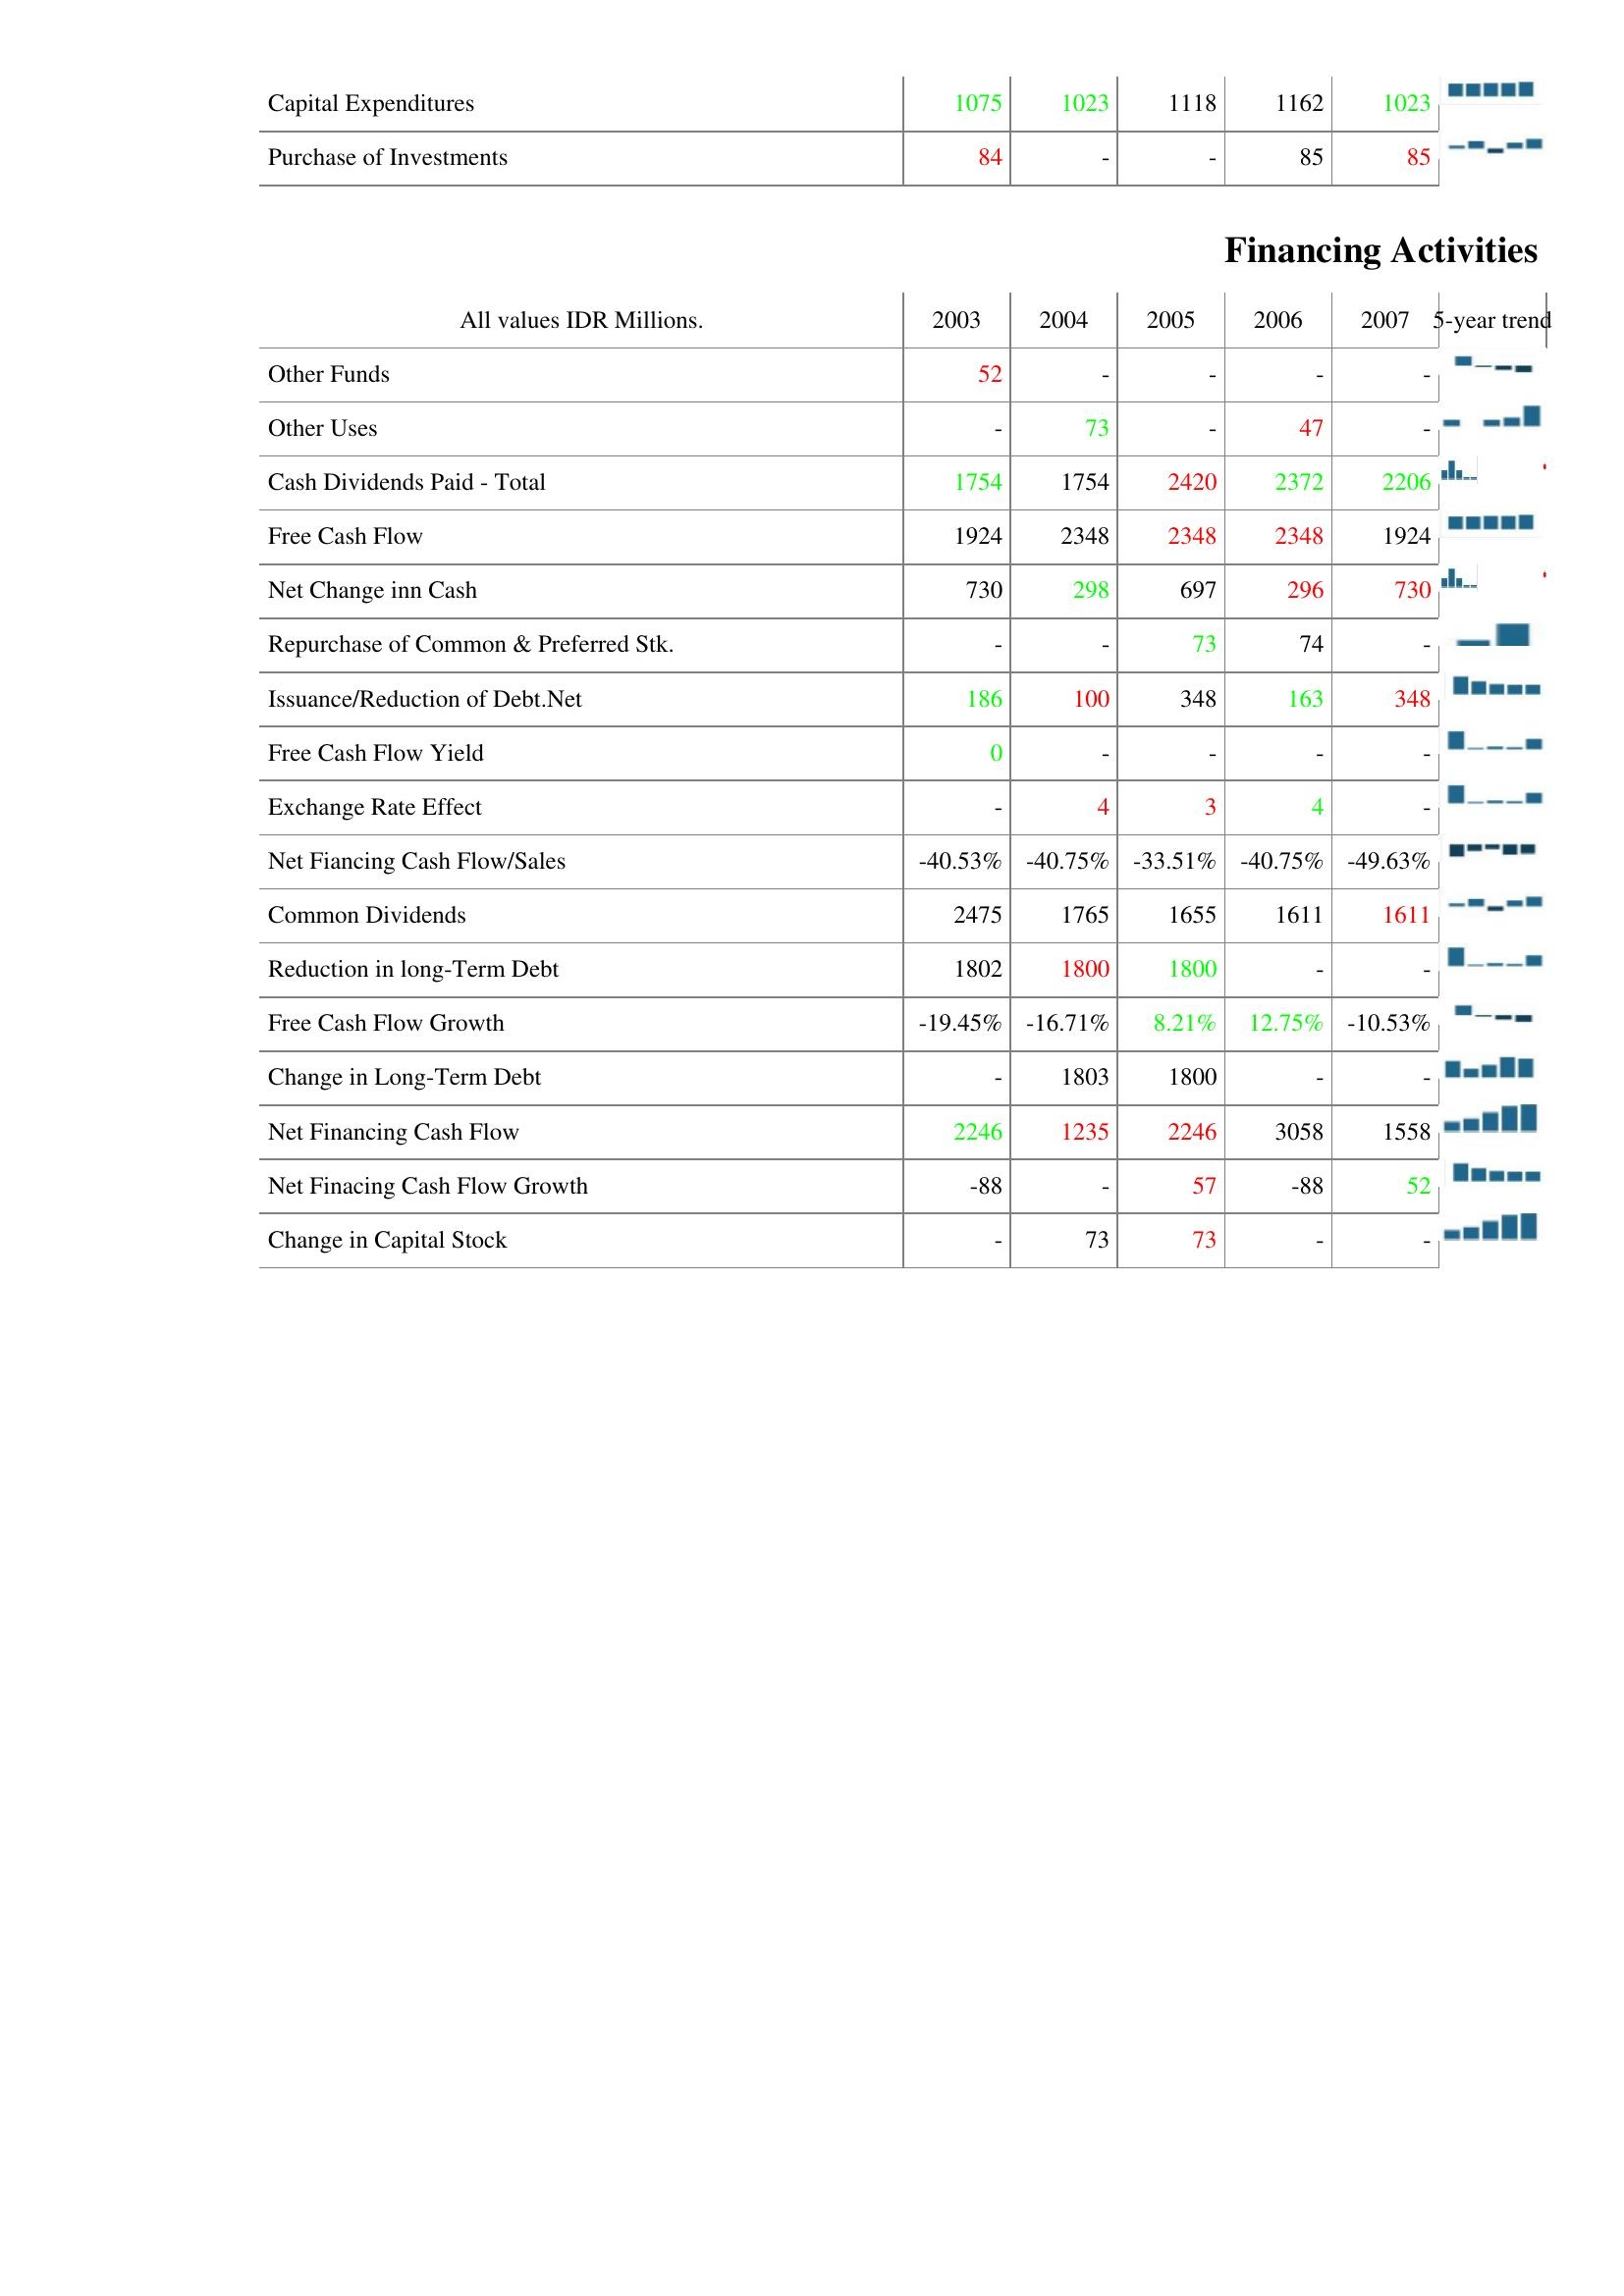
2003: Investing Activities: Capital Expenditures: 1075
Purchase of Investments: 84
Financing Activities: Other Funds: 52
Other Uses: -
Cash Dividends Paid - Total: 1754
Free Cash Flow: 1924
Net Change inn Cash: 730
Repurchase of Common & Preferred Stk.: -
Issuance/Reduction of Debt.Net: 186
Free Cash Flow Yield: 0
Exchange Rate Effect: -
Net Fiancing Cash Flow/Sales: -40.53%
Common Dividends: 2475
Reduction in long-Term Debt: 1802
Free Cash Flow Growth: -19.45%
Change in Long-Term Debt: -
Net Financing Cash Flow: 2246
Net Finacing Cash Flow Growth: -88
Change in Capital Stock: -
2004: Investing Activities: Capital Expenditures: 1023
Purchase of Investments: -
Financing Activities: Other Funds: -
Other Uses: 73
Cash Dividends Paid - Total: 1754
Free Cash Flow: 2348
Net Change inn Cash: 298
Repurchase of Common & Preferred Stk.: -
Issuance/Reduction of Debt.Net: 100
Free Cash Flow Yield: -
Exchange Rate Effect: 4
Net Fiancing Cash Flow/Sales: -40.75%
Common Dividends: 1765
Reduction in long-Term Debt: 1800
Free Cash Flow Growth: -16.71%
Change in Long-Term Debt: 1803
Net Financing Cash Flow: 1235
Net Finacing Cash Flow Growth: -
Change in Capital Stock: 73
2005: Investing Activities: Capital Expenditures: 1118
Purchase of Investments: -
Financing Activities: Other Funds: -
Other Uses: -
Cash Dividends Paid - Total: 2420
Free Cash Flow: 2348
Net Change inn Cash: 697
Repurchase of Common & Preferred Stk.: 73
Issuance/Reduction of Debt.Net: 348
Free Cash Flow Yield: -
Exchange Rate Effect: 3
Net Fiancing Cash Flow/Sales: -33.51%
Common Dividends: 1655
Reduction in long-Term Debt: 1800
Free Cash Flow Growth: 8.21%
Change in Long-Term Debt: 1800
Net Financing Cash Flow: 2246
Net Finacing Cash Flow Growth: 57
Change in Capital Stock: 73
2006: Investing Activities: Capital Expenditures: 1162
Purchase of Investments: 85
Financing Activities: Other Funds: -
Other Uses: 47
Cash Dividends Paid - Total: 2372
Free Cash Flow: 2348
Net Change inn Cash: 296
Repurchase of Common & Preferred Stk.: 74
Issuance/Reduction of Debt.Net: 163
Free Cash Flow Yield: -
Exchange Rate Effect: 4
Net Fiancing Cash Flow/Sales: -40.75%
Common Dividends: 1611
Reduction in long-Term Debt: -
Free Cash Flow Growth: 12.75%
Change in Long-Term Debt: -
Net Financing Cash Flow: 3058
Net Finacing Cash Flow Growth: -88
Change in Capital Stock: -
2007: Investing Activities: Capital Expenditures: 1023
Purchase of Investments: 85
Financing Activities: Other Funds: -
Other Uses: -
Cash Dividends Paid - Total: 2206
Free Cash Flow: 1924
Net Change inn Cash: 730
Repurchase of Common & Preferred Stk.: -
Issuance/Reduction of Debt.Net: 348
Free Cash Flow Yield: -
Exchange Rate Effect: -
Net Fiancing Cash Flow/Sales: -49.63%
Common Dividends: 1611
Reduction in long-Term Debt: -
Free Cash Flow Growth: -10.53%
Change in Long-Term Debt: -
Net Financing Cash Flow: 1558
Net Finacing Cash Flow Growth: 52
Change in Capital Stock: -